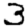
Digit: 3